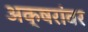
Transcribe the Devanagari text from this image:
अक्षरांवर